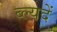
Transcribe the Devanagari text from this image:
ब्ल्यदें